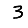
Digit: 3